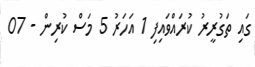
ގައި ތަގުރީރު ކުރައްވައިފި 1 އަހަރު 5 މަސް ކުރިން - 07